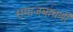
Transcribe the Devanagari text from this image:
समाजबांधणी